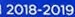
2018-2019